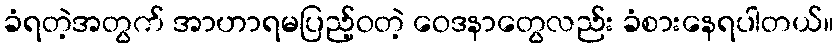
ခံရတဲ့အတွက် အာဟာရမပြည့်ဝတဲ့ ဝေဒနာတွေလည်း ခံစားနေရပါတယ်။